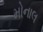
મોનાલ